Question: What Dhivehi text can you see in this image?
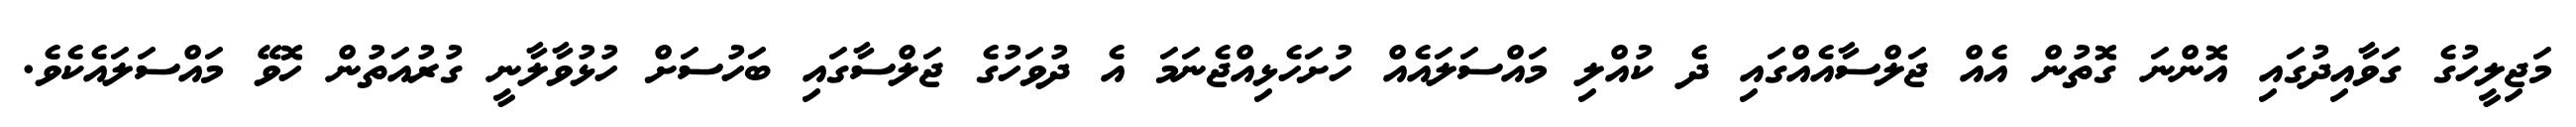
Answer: މަޖިލީހުގެ ގަވާއިދުގައި އޮންނަ ގޮތުން އެއް ޖަލްސާއެއްގައި ދެ ކުއްލި މައްސަލައެއް ހުށަހެޅިއްޖެނަމަ އެ ދުވަހުގެ ޖަލްސާގައި ބަހުސަށް ހުޅުވާލާނީ ގުރުއަތުން ހޮވޭ މައްސަލައެކެވެ.